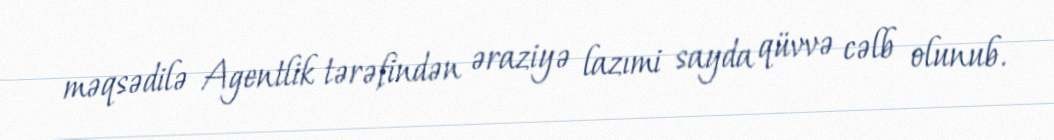
məqsədilə Agentlik tərəfindən əraziyə lazımi sayda qüvvə cəlb olunub.